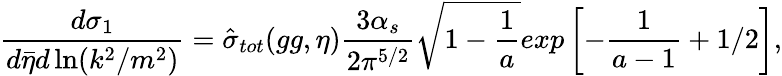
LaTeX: {\frac{d\sigma_{1}}{d\bar{\eta}d\ln(k^{2}/m^{2})}}=\hat{\sigma}_{tot}(gg,\eta)\frac{3\alpha_{s}}{2\pi^{5/2}}\sqrt{1-{\frac{1}{a}}}exp\left[-{\frac{1}{a-1}}+1/2\right],